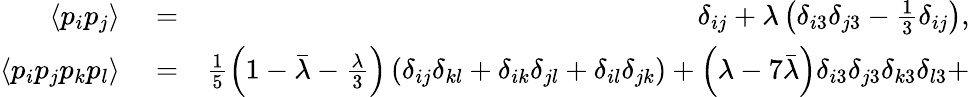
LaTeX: \begin{array}{rlr}{\langle p_{i}p_{j}\rangle}&{{}=}&{\delta_{ij}+\lambda\left(\delta_{i3}\delta_{j3}-\frac{1}{3}\delta_{ij}\right),}\\ {\langle p_{i}p_{j}p_{k}p_{l}\rangle}&{{}=}&{\frac{1}{5}\left(1-\bar{\lambda}-\frac{\lambda}{3}\right)\left(\delta_{ij}\delta_{kl}+\delta_{ik}\delta_{jl}+\delta_{il}\delta_{jk}\right)+\left(\lambda-7\bar{\lambda}\right)\delta_{i3}\delta_{j3}\delta_{k3}\delta_{l3}+}\end{array}